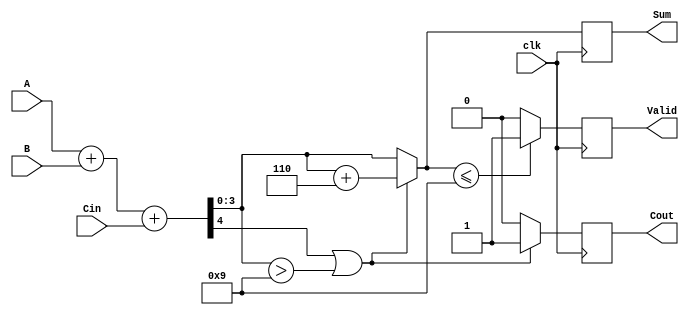
module BCD_Synchronous_Adder (
    input wire [3:0] A,     // First BCD digit
    input wire [3:0] B,     // Second BCD digit
    input wire Cin,         // Carry input
    input wire clk,         // Clock signal
    output reg [3:0] Sum,   // Resulting BCD digit
    output reg Cout,        // Carry output
    output reg Valid        // Valid BCD output signal
);

reg [4:0] Temp_Sum;       // Temporary sum (5 bits)

always @(posedge clk) begin
    // Step 1: Binary addition
    Temp_Sum = A + B + Cin;

    // Step 2: BCD correction
    if (Temp_Sum[4] || (Temp_Sum[3:0] > 4'b1001)) begin
        // Apply BCD correction
        Sum = Temp_Sum[3:0] + 4'b0110;  // Add 6
        Cout = 1;                       // Set carry out
    end else begin
        Sum = Temp_Sum[3:0];           // No correction needed
        Cout = 0;                       // No carry out
    end

    // Step 3: Valid signal
    if (Sum <= 4'b1001) begin
        Valid = 1;                     // Sum is a valid BCD digit
    end else begin
        Valid = 0;                     // Sum is not valid
    end
end

endmodule